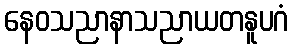
နေဝသညာနာသညာယတနူပဂံ